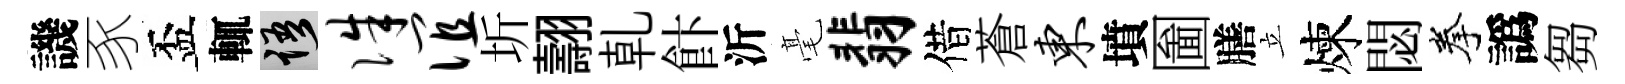
譏豕盃輒語侏谊圻翿乹飰沂毫翡借蒼东墳圗膳立煉閟拳譌芻